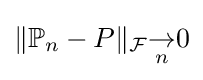
\|\mathbb {P} _{n}-P\|_{\mathcal {F}}{\underset {n}{\to }}0